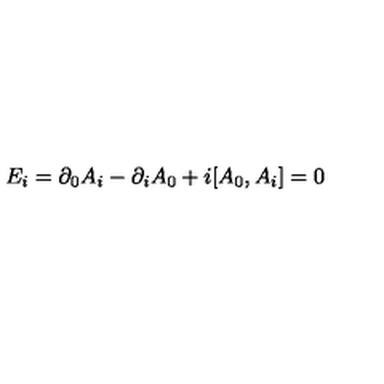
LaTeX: E _ { i } = \partial _ { 0 } A _ { i } - \partial _ { i } A _ { 0 } + i [ A _ { 0 } , A _ { i } ] = 0